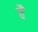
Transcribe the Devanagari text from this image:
वेँ